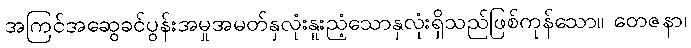
အကြင်အဆွေခင်ပွန်းအမှုအမတ်နှလုံးနူးညံ့သောနှလုံးရှိသည်ဖြစ်ကုန်သော။ တေဇနာ၊